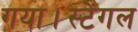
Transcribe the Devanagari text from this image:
गया।स्टेंगल